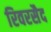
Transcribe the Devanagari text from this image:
रिवरसैद